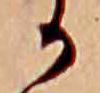
か